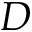
D